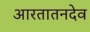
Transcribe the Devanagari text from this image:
आरतातनदेव